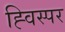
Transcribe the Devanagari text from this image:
ह्विस्पर